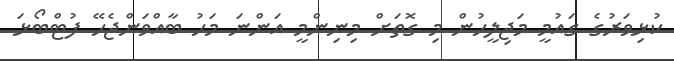
ކުޅިވަރުގެ ގައުމީ މަޖިލީހުން މި ގޮތަށް މިނިންމީ އަންނަ މަހު ބާއްވަންޖެހޭ ފުޓްބޯޅަ